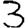
Digit: 3